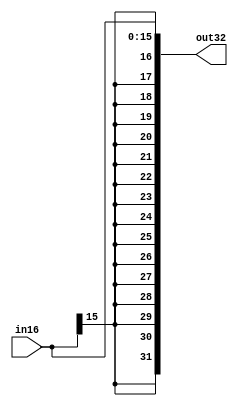
module signExtender(in16, out32);
input [15:0]in16;
output [31:0]out32;
assign out32 = {{16{in16[15]}}, in16[15:0]};
endmodule